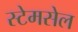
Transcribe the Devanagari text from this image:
स्टेमसेल